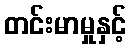
တင်းမာမှုနှင့်